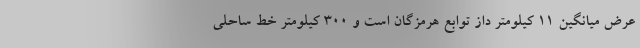
عرض میانگین ۱۱ کیلومتر داز توابع هرمزگان است و ۳۰۰ کیلومتر خط ساحلی